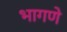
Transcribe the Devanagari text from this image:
भागणे